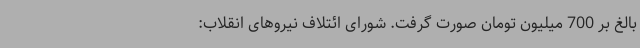
بالغ‌ بر 700 میلیون تومان صورت گرفت. شورای ائتلاف نیروهای انقلاب: